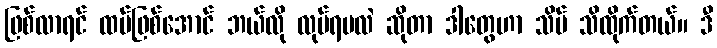
ဖြစ်လာရင် ထပ်ဖြစ်အောင် ဘယ်လို လုပ်ရမလဲ ဆိုတာ ဒါတွေဟာ သိပ် သိထိုက်တယ်။ ဒီ